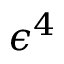
\epsilon ^ { 4 }